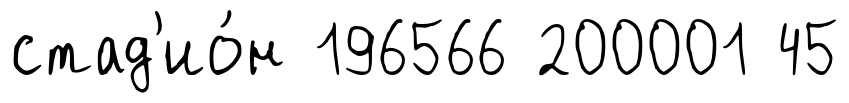
стад'ио́н 196566 200001 45